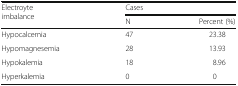
<table><thead><tr><td rowspan="2"><b>Electroyte imbalance</b></td><td colspan="2"><b>Cases</b></td></tr><tr><td><b>N</b></td><td><b>Percent (%)</b></td></tr></thead><tbody><tr><td>Hypocalcemia</td><td>47</td><td>23.38</td></tr><tr><td>Hypomagnesemia</td><td>28</td><td>13.93</td></tr><tr><td>Hypokalemia</td><td>18</td><td>8.96</td></tr><tr><td>Hyperkalemia</td><td>0</td><td>0</td></tr></tbody></table>